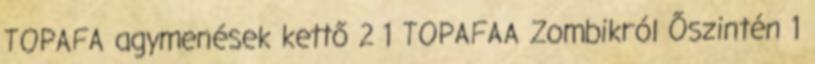
TOPAFA agymenések kettő 2 1 TOPAFAA Zombikról Őszintén 1